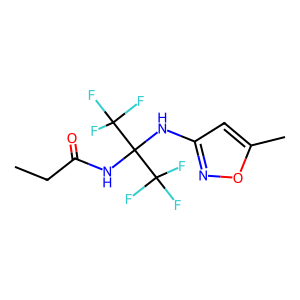
SMILES: CCC(=O)NC(Nc1cc(C)on1)(C(F)(F)F)C(F)(F)F
Inhibits HIV replication: No